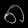
Digit: ၈